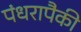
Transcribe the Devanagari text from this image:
पंधरापैकी